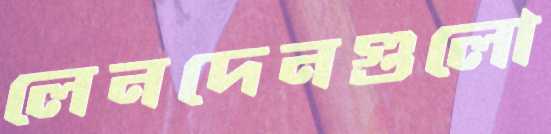
লেনদেনগুলো